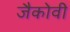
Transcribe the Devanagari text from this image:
जैकोवी